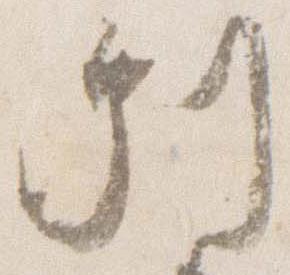
別